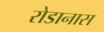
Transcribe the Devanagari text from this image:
रोडानास